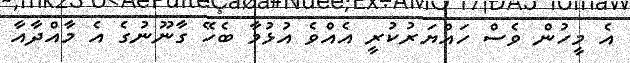
އެ މީހުން ވެސް ހައްޔަރުކުރީ އެއްވެ އުޅުމާ ބެހޭ ގާނޫނުގެ އެ މާއްދާއާ